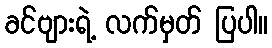
ခင်ဗျားရဲ့ လက်မှတ် ပြပါ။